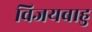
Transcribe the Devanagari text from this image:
विजयबाहु